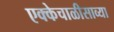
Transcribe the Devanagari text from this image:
एक्केचाळीसाव्या